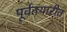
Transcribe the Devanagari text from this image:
पूर्वतयारीत